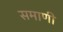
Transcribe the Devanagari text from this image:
समाणी